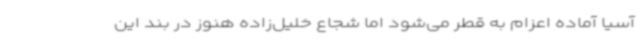
آسیا آماده اعزام به قطر می‌شود اما شجاع خلیل‌زاده هنوز در بند این